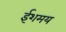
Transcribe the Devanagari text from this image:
ईशमय